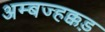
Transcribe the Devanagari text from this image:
अम्बज्हक्कड़